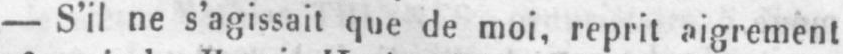
- S’il ne s’agissait que de moi, reprit aigrement